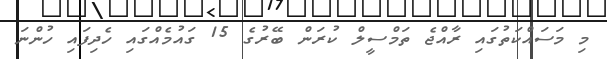
މި މަސައްކަތުގައި ރާއްޖެ ތަމްސީލް ކުރަން ބޭރުގެ 15 ގައުމެއްގައި ހެދިފައި ހުންނަ